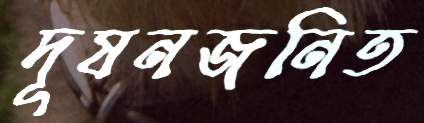
দূষনজনিত